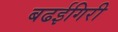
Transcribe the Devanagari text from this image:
बढईगिरी